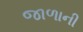
જાળાની